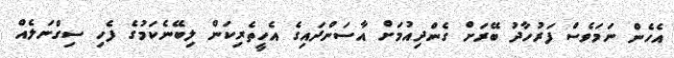
އެހެން ނަމަވެސް ފަރުހާދު ބޭރަށް ގެންދިއުމަށް އާސަންދައިގެ އެހީތެރިކަން ލިބޭނެކަމުގެ ފެހި ސިގްނަލެއް